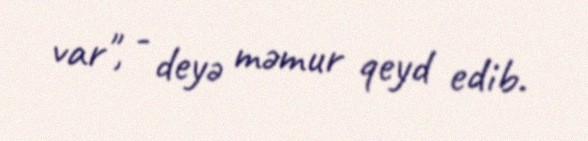
var", - deyə məmur qeyd edib.